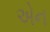
એન